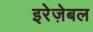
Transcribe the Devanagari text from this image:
इरेज़ेबल